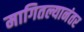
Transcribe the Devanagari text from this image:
मागितल्यानंतर